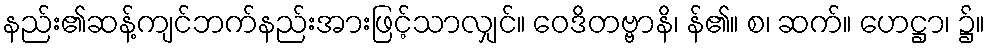
နည်း၏ဆန့်ကျင်ဘက်နည်းအားဖြင့်သာလျှင်။ ဝေဒိတဗ္ဗာနိ၊ န်၏။ စ၊ ဆက်။ ဟေဋ္ဌာ၊ ၌။